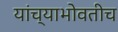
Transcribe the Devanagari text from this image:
यांच्याभोवतीच